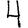
Digit: 4